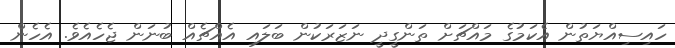
ހައިސިއްޔަތުން އެކަމުގެ މައްޗަށް ތަންގީދީ ނަޒަރަކުން ބަލައި އެއްޗެއް ބުނަން ޖެހެއެވެ. އެހެން